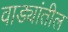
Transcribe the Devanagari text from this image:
वाड्यांतील